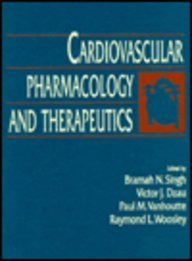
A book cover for Cardiovascular Pharmacology and Therapeutics; Victor J. Dzau; Medical Books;